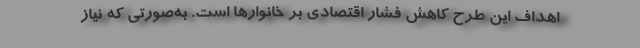
اهداف این طرح کاهش فشار اقتصادی بر خانوارها است. به‌صورتی که نیاز